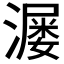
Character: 𬉆